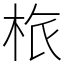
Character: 㭚